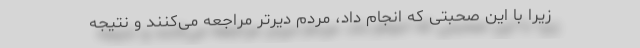
زیرا با این صحبتی که انجام داد، مردم دیرتر مراجعه می‌کنند و نتیجه